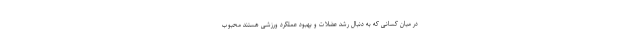
در میان کسانی که به دنبال رشد عضلات و بهبود عملکرد ورزشی هستند محبوب